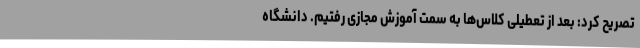
تصریح کرد: بعد از تعطیلی کلاس‌ها به سمت آموزش مجازی رفتیم. دانشگاه